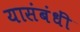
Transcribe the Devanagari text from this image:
यासंबंधीं